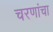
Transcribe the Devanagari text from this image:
चरणांचा